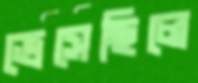
ভেসেছিলে